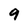
Character: 9